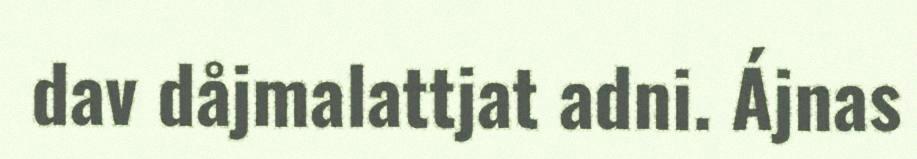
dav dåjmalattjat adni. Ájnas